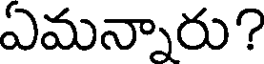
ఏమన్నారు?